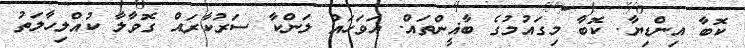
ކޮބާ އިންޑިޔާ. ކޮބާ މިގައުމުގެ ބާޣީންތައް. އަވަހައް ލަންކާ ސަރުކާރައް ގޮވާލާ ކުއްލިހާލަތު